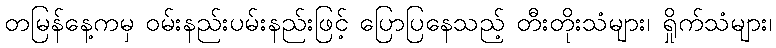
တမြန်နေ့ကမှ ဝမ်းနည်းပမ်းနည်းဖြင့် ပြောပြနေသည့် တီးတိုးသံများ၊ ရှိုက်သံများ၊